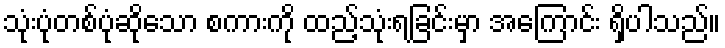
သုံးပုံတစ်ပုံဆိုသော စကားကို ထည့်သုံးရခြင်းမှာ အကြောင်း ရှိပါသည်။